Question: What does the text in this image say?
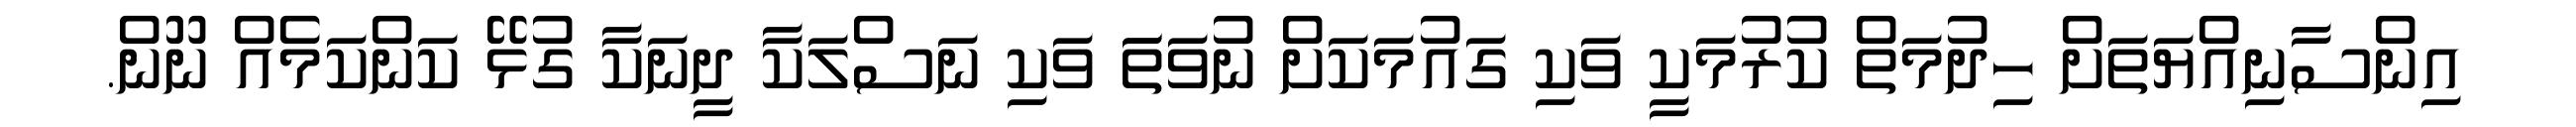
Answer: އިންސާނިއްޔަތަށް ހިދުމަތް ކުރުމަކީ ވަކި ގައުމަކަށް ނުވަތަަ ވަކި ނަސްލަކާ ދީނަކާ ގުޅޭ ކަންކަމެއް ނޫން.